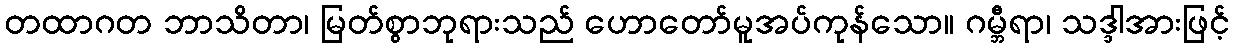
တထာဂတ ဘာသိတာ၊ မြတ်စွာဘုရားသည် ဟောတော်မူအပ်ကုန်သော။ ဂမ္ဘီရာ၊ သဒ္ဒါအားဖြင့်